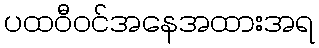
ပထဝီဝင်အနေအထားအရ